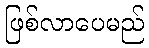
ဖြစ်လာပေမည်